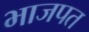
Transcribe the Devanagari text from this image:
भाजपत